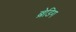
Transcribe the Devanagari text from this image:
ब्रेडिग